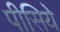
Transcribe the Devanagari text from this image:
पीसिये